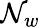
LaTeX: \mathcal{N}_{w}